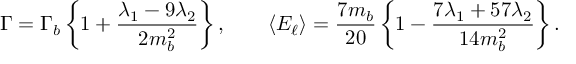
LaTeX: \Gamma = \Gamma _ { b } \, \bigg \{ 1 + { \frac { \lambda _ { 1 } - 9 \lambda _ { 2 } } { 2 m _ { b } ^ { 2 } } } \bigg \} \, , \qquad \langle E _ { \ell } \rangle = { \frac { 7 m _ { b } } { 2 0 } } \, \bigg \{ 1 - { \frac { 7 \lambda _ { 1 } + 5 7 \lambda _ { 2 } } { 1 4 m _ { b } ^ { 2 } } } \bigg \} \, .